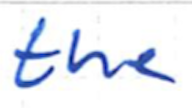
Text: the
Cross-out: clean
Writing tool: ballpoint